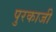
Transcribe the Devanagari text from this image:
पुरकाजी